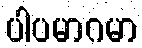
ပါပမာဂမာ